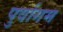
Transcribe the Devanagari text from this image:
पुर्वागम